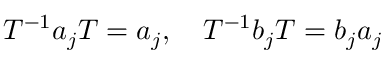
T ^ { - 1 } a _ { j } T = a _ { j } , \quad T ^ { - 1 } b _ { j } T = b _ { j } a _ { j }